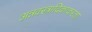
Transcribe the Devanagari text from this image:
अन्नवस्त्रादिकाकरता